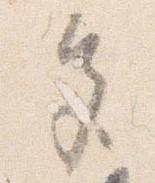
色